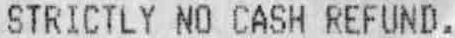
STRICTLY NO CASH REFUND.